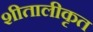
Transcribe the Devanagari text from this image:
शीतालीकृत